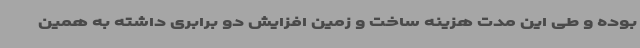
بوده و طی این مدت هزینه ساخت و زمین افزایش دو برابری داشته به همین